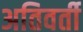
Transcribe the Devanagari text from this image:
अतिवर्ती